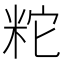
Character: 𥹈